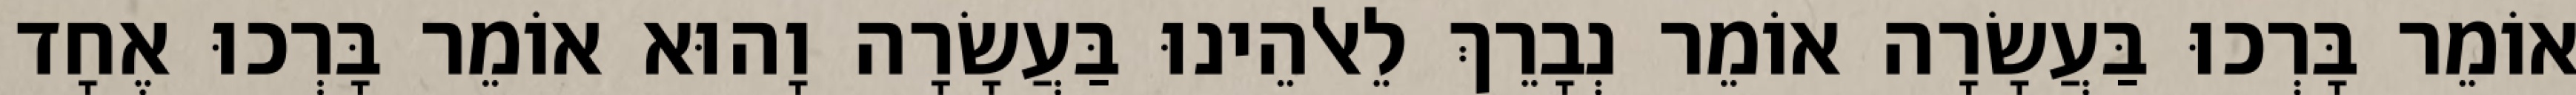
אוֹמֵר בָּרְכוּ בַּעֲשָׂרָה אוֹמֵר נְבָרֵךְ לֵאלֹהֵינוּ בַּעֲשָׂרָה וָהוּא אוֹמֵר בָּרְכוּ אֶחָד